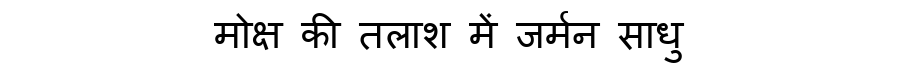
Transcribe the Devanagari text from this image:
मोक्ष की तलाश में जर्मन साधु